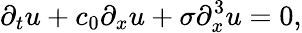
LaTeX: \partial_{t}u+c_{0}\partial_{x}u+\sigma\partial_{x}^{3}u=0,